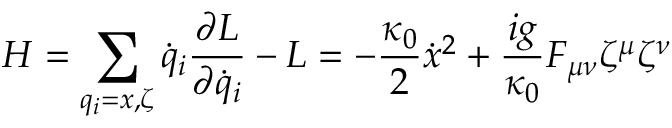
H = \sum _ { q _ { i } = x , \zeta } \dot { q } _ { i } \frac { \partial L } { \partial \dot { q } _ { i } } - L = - \frac { \kappa _ { 0 } } { 2 } \dot { x } ^ { 2 } + \frac { i g } { \kappa _ { 0 } } F _ { \mu \nu } \zeta ^ { \mu } \zeta ^ { \nu }